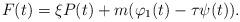
LaTeX: \begin{align*}F(t) = \xi P(t) + m(\varphi_1(t) - \tau \psi(t)). \end{align*}